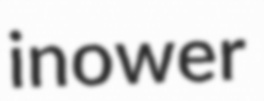
inower